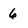
Character: 6